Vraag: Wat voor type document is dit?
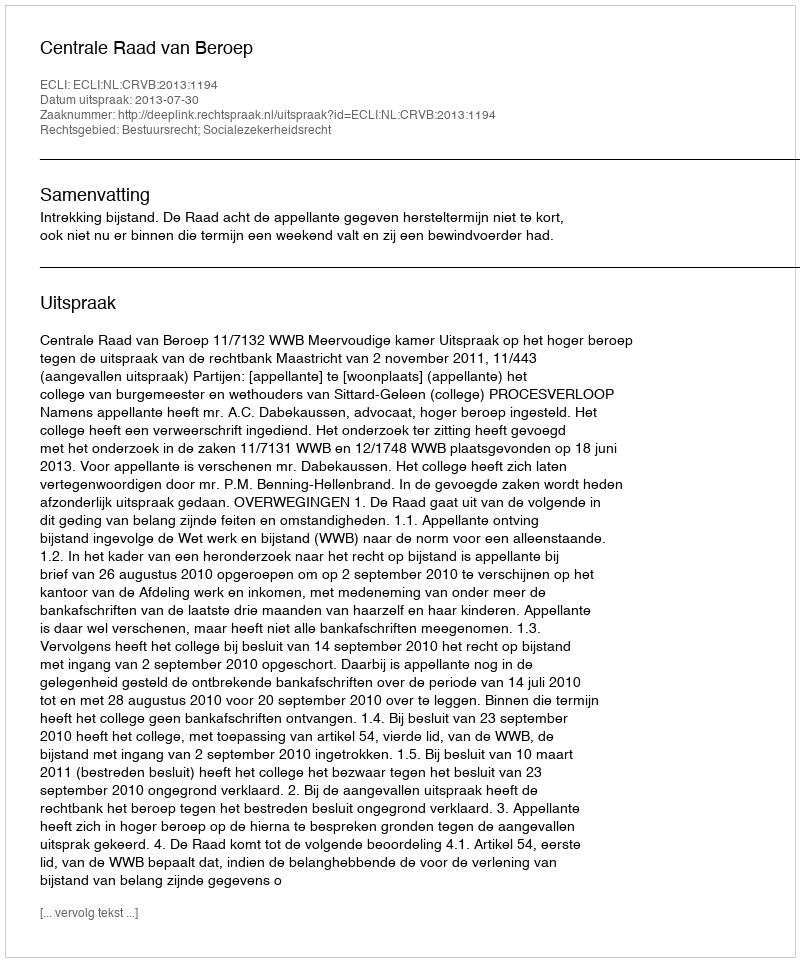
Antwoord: Uitspraak